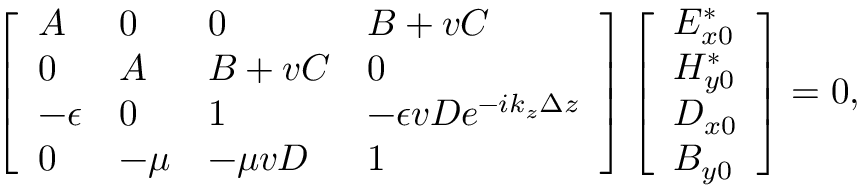
\left[ \begin{array} { l l l l } { A } & { 0 } & { 0 } & { B + v C } \\ { 0 } & { A } & { B + v C } & { 0 } \\ { - \epsilon } & { 0 } & { 1 } & { - \epsilon v D e ^ { - i k _ { z } \Delta z } } \\ { 0 } & { - \mu } & { - \mu v D } & { 1 } \end{array} \right] \left[ \begin{array} { l } { E _ { x 0 } ^ { * } } \\ { H _ { y 0 } ^ { * } } \\ { D _ { x 0 } } \\ { B _ { y 0 } } \end{array} \right] = 0 ,